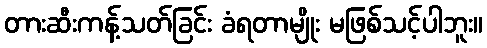
တားဆီးကန့်သတ်ခြင်း ခံရတာမျိုး မဖြစ်သင့်ပါဘူး။